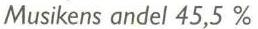
Musikens andel 45,5 %